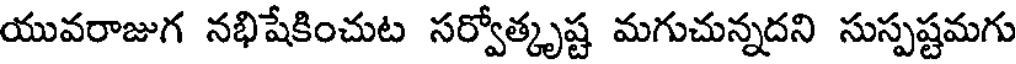
యువరాజుగ నభిషేకించుట సర్వోత్కృష్ట మగుచున్నదని సుస్పష్టమగు